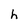
Character: h